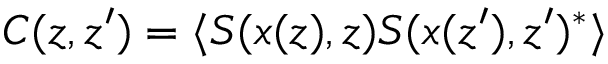
C ( z , z ^ { \prime } ) = \langle S ( x ( z ) , z ) S ( x ( z ^ { \prime } ) , z ^ { \prime } ) ^ { \ast } \rangle